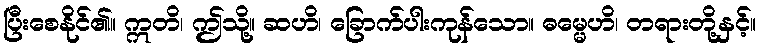
ပြီးစေနိုင်၏။ ဣတိ၊ ဤသို့။ ဆဟိ၊ ခြောက်ပါးကုန်သော။ ဓမ္မေဟိ၊ တရားတို့နှင့်။